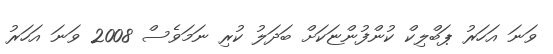
ވަނަ އަހަރު ޕަބްލިކް ކުންފުންޏަކަށް ބަދަލު ކުރި ނަމަވެސް 2008 ވަނަ އަހަރު